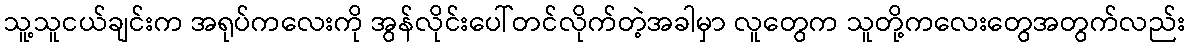
သူ့သူငယ်ချင်းက အရုပ်ကလေးကို အွန်လိုင်းပေါ်တင်လိုက်တဲ့အခါမှာ လူတွေက သူတို့ကလေးတွေအတွက်လည်း